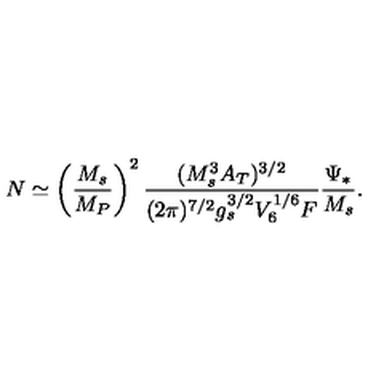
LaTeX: N \simeq \left( \frac { M _ { s } } { M _ { P } } \right) ^ { 2 } \frac { ( M _ { s } ^ { 3 } A _ { T } ) ^ { 3 / 2 } } { ( 2 \pi ) ^ { 7 / 2 } g _ { s } ^ { 3 / 2 } V _ { 6 } ^ { 1 / 6 } F } \frac { \Psi _ { * } } { M _ { s } } .